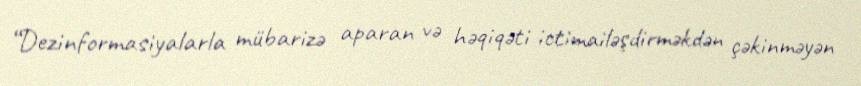
“Dezinformasiyalarla mübarizə aparan və həqiqəti ictimailəşdirməkdən çəkinməyən